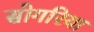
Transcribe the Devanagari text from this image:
सोगरिया